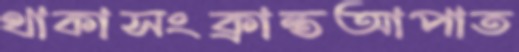
থাকাসংক্রান্তআপাত